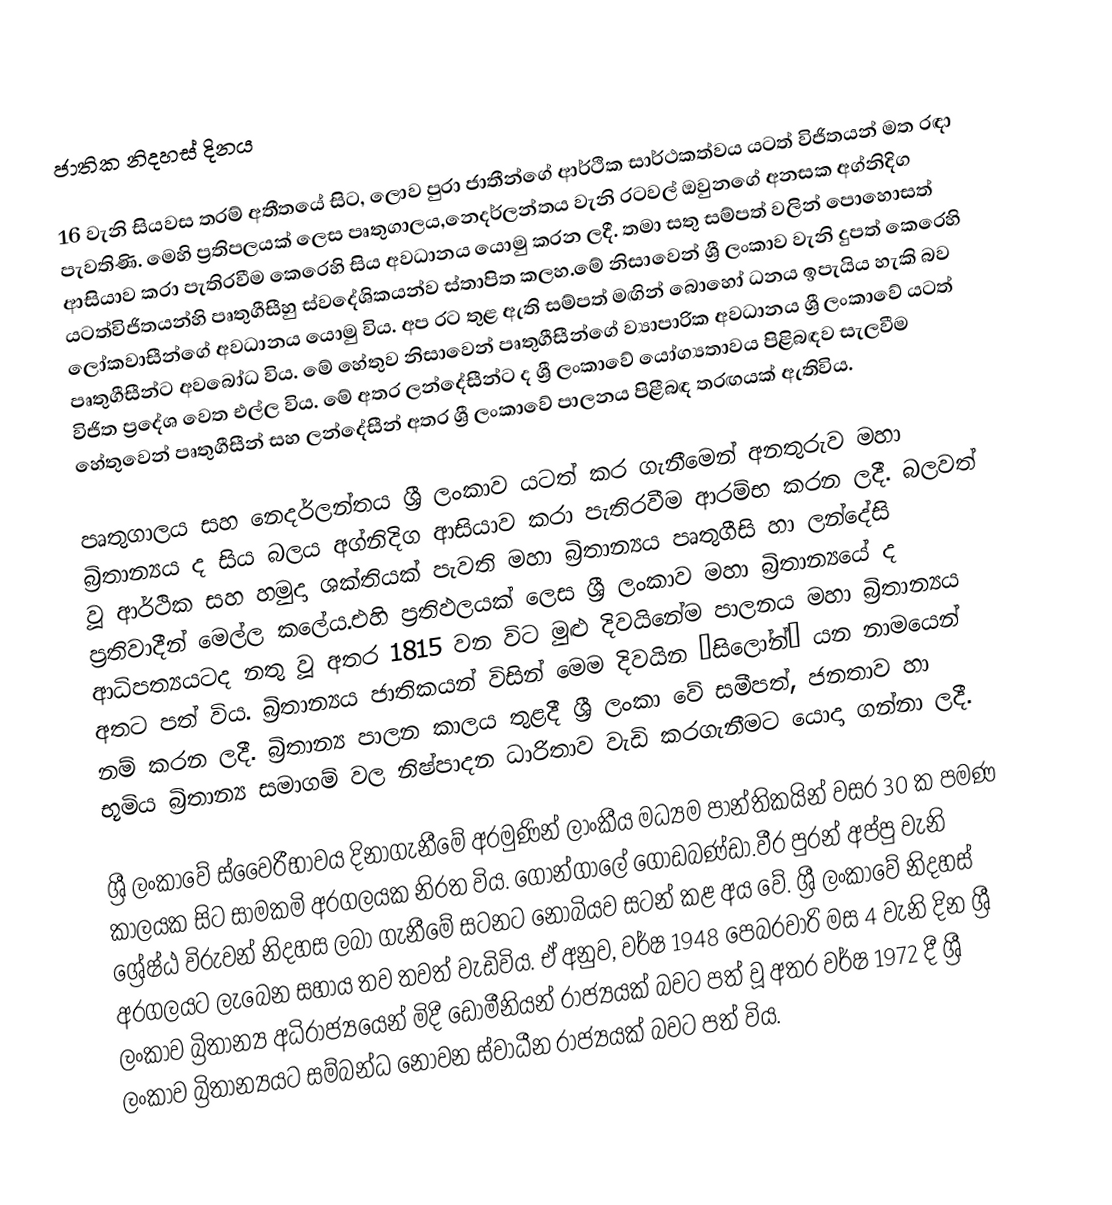
ජාතික නිදහස් දිනය

16 වැනි සියවස තරම් අතීතයේ සිට, ලොව පුරා ජාතීන්ගේ ආර්ථික සාර්ථකත්වය යටත් විජිතයන් මත රඳා පැවතිණි.  මෙහි ප්‍රතිපලයක් ලෙස පෘතුගාලය,නෙදර්ලන්තය වැනි රටවල් ඔවුනගේ අනසක අග්නිදිග ආසියාව කරා පැතිරවීම කෙරෙහි සිය අවධානය යොමු කරන ලදී. තමා සතු සම්පත් වලින් පොහොසත් යටත්විජිතයන්හි පෘතුගීසීහු ස්වදේශිකයන්ව ස්තාපිත කලහ.මේ නිසාවෙන් ශ්‍රී ලංකාව වැනි දුපත් කෙරෙහි ලෝකවාසීන්ගේ අවධානය යොමු විය. අප රට තුළ ඇති සම්පත් මඟින් බොහෝ ධනය ඉපැයිය හැකි බව පෘතුගීසීන්ට අවබෝධ විය. මේ හේතුව නිසාවෙන්  පෘතුගීසීන්ගේ ව්‍යාපාරික අවධානය ශ්‍රී ලංකාවේ යටත් විජිත ප්‍රදේශ වෙත එල්ල විය. මේ අතර ලන්දේසීන්ට ද ශ්‍රී ලංකාවේ යෝග්‍යතාවය පිළිබඳව සැලවීම හේතුවෙන්  පෘතුගීසීන් සහ ලන්දේසීන් අතර ශ්‍රී ලංකාවේ පාලනය පිළීබඳ තරඟයක් ඇතිවිය.

පෘතුගාලය සහ නෙදර්ලන්තය ශ්‍රී ලංකාව යටත් කර ගැනීමෙන් අනතුරුව මහා බ්‍රිතාන්‍යය ද සිය බලය අග්නිදිග ආසියාව කරා පැතිරවීම ආරම්භ කරන ලදී. බලවත් වූ ආර්ථික සහ හමුදා ශක්තියක් පැවති මහා බ්‍රිතාන්‍යය පෘතුගීසි හා ලන්දේසි ප්‍රතිවාදීන් මෙල්ල කලේය.එහි ප්‍රතිඵලයක් ලෙස ශ්‍රී ලංකාව මහා බ්‍රිතාන්‍යයේ ද ආධිපත්‍යයටද  නතු වූ අතර 1815 වන විට  මුළු දිවයිනේම පාලනය මහා බ්‍රිතාන්‍යය අතට පත් විය. බ්‍රිතාන්‍යය ජාතිකයන් විසින් මෙම දිවයින “සිලෝන්” යන නාමයෙන් නම් කරන ලදී. බ්‍රිතාන්‍ය පාලන කාලය තුළදී  ශ්‍රී ලංකා වේ සමීපත්, ජනතාව  හා භූමිය බ්‍රිතාන්‍ය සමාගම් වල නිෂ්පාදන ධාරිතාව වැඩි කරගැනීමට යොදා ගන්නා ලදී.

ශ්‍රී ලංකාවේ ස්වෛරීභාවය දිනාගැනීමේ අරමුණින් ලාංකීය මධ්‍යම පාන්තිකයින් වසර 30 ක පමණ කාලයක සිට සාමකමි අරගලයක නිරත විය. ගොන්ගාලේ ගොඩබණ්ඩා.වීර පුරන් අප්පු වැනි ශ්‍රේෂ්ඨ විරුවන් නිදහස ලබා ගැනීමේ සටනට නොබියව සටන් කළ අය වේ. ශ්‍රී  ලංකාවේ නිදහස් අරගලයට ලැබෙන සහාය තව තවත් වැඩිවිය.  ඒ අනුව, වර්ෂ 1948 පෙබරවාරි මස  4 වැනි දින ශ්‍රී ලංකාව බ්‍රිතාන්‍ය අධිරාජ්‍යයෙන් මිදී ඩොමීනියන් රාජ්‍යයක් බවට පත් වූ අතර වර්ෂ 1972  දී ශ්‍රී ලංකාව බ්‍රිතාන්‍යයට සම්බන්ධ නොවන ස්වාධීන රාජ්‍යයක් බවට පත් විය.